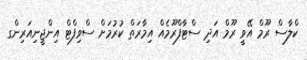
ކްލާސް ރޫމް އޭވީ ރޫމް އަދި ސްޓާފްރޫމެއް އިމާރަތް ކުރުމަށް ސްވިފްޓް އިންޖީނިއަރިންގ